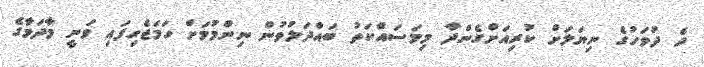
ދެ ދުވަހުގެ ނިޔަލަށް ކުރިއަށްގެންދާ މިމަސައްކަތު ބައްދަލުވުން ނިންމުމަށް ހަމަޖެހިފައި ވަނީ މާދަމާގެ